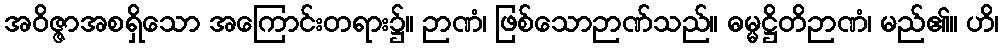
အဝိဇ္ဇာအစရှိသော အကြောင်းတရား၌။ ဉာဏံ၊ ဖြစ်သောဉာဏ်သည်။ ဓမ္မဋ္ဌိတိဉာဏံ၊ မည်၏။ ဟိ၊